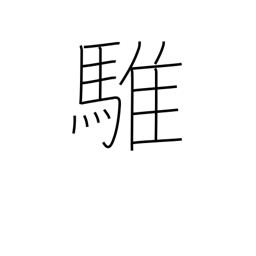
Meaning: grey horse